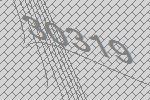
30319